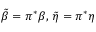
\tilde { \beta } = \pi ^ { * } \beta , \, \tilde { \eta } = \pi ^ { * } \eta